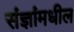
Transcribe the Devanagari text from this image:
संज्ञांमधील